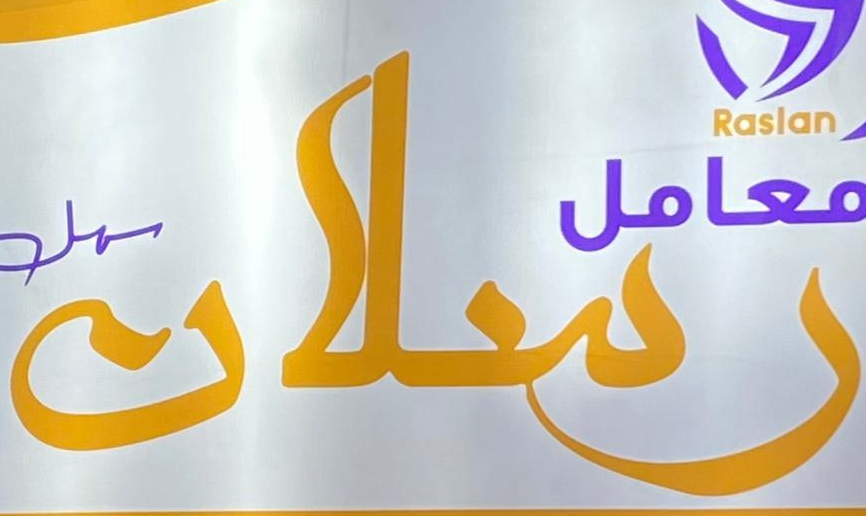
رسلان